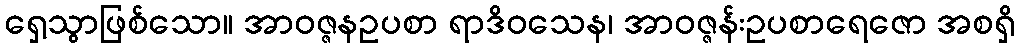
ရှေ့သွာဖြစ်သော။ အာဝဇ္ဇနဥပစာ ရာဒိဝသေန၊ အာဝဇ္ဇန်းဥပစာရေဇော အစရှိ